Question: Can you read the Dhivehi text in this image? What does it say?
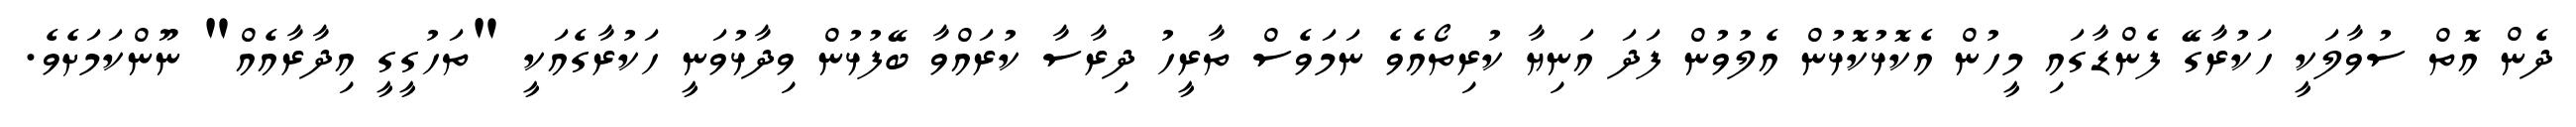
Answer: ދެން އޮތް ސުވާލަކީ ހަކުރާގޭ ފެންޑާގައި މީހުން އެކޮޅުކޮޅުން އެލުވުން ފަދަ އަނިޔާ ކުރިތޯއެވެ ނަމަވެސް ތާރީހު ދިރާސާ ކުރައްވާ ބޭފުޅުން ވިދާޅުވަނީ ހަކުރާގެއަކީ "ތަހުގީގީ އިދާރާއެއް" ނޫންކަމަށެވެ.